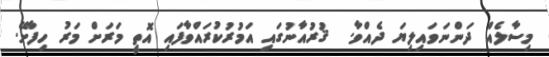
މިސާލެއް ދަންނަވައިލިޔަ ދެއްވާ.  ޤުރުއާނުގައި އަމުރުކުރައްވާފައި އޮތީ މަރަށް މަރު ހިފާށޭ.